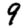
Digit: 9